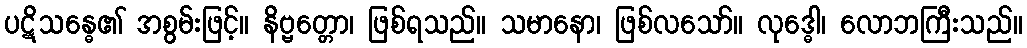
ပဋိသန္ဓေ၏ အစွမ်းဖြင့်။ နိဗ္ဗတ္တော၊ ဖြစ်ရသည်။ သမာနော၊ ဖြစ်လသော်။ လုဒ္ဓေါ၊ လောဘကြီးသည်။